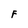
Character: F